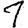
Digit: 1